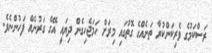
ރަސްކަމުގެ ވެރިކަންކުރާ ތަނެއްގެ ގޮތުގައި މިރަށް ހަމަޖެހިގެން ދިޔައީ އޭގެ ގަރުނެއް ފަހުންނެވެ.